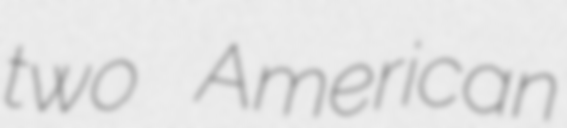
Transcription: two American